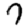
Digit: 7